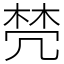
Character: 棾